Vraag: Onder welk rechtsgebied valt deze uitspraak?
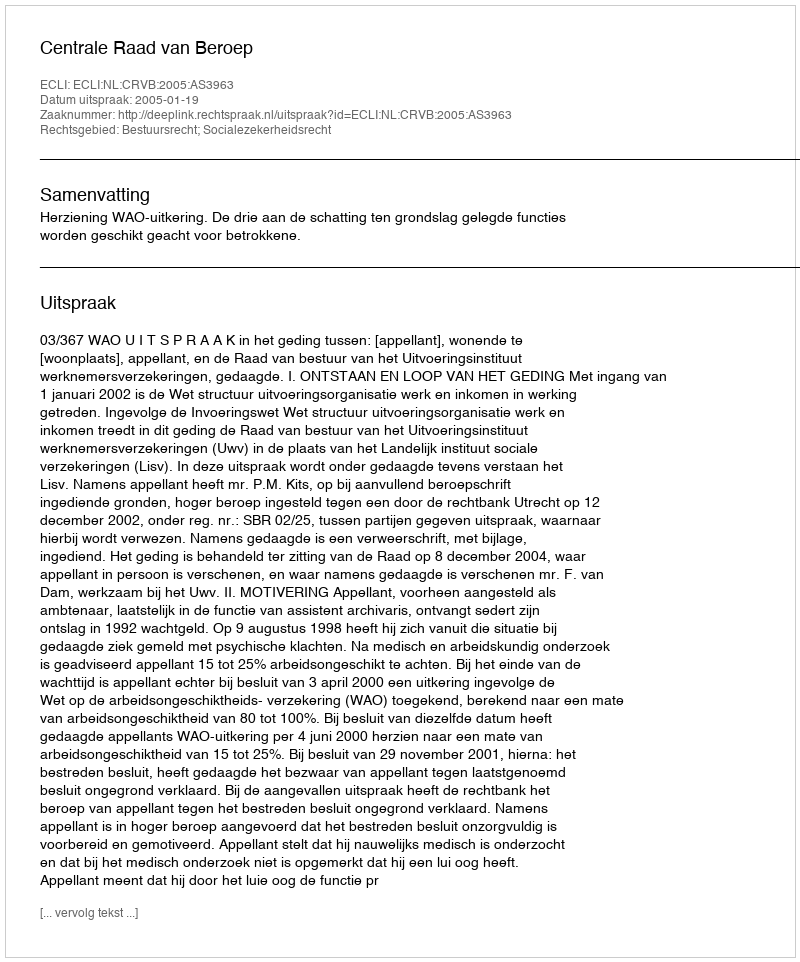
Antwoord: Bestuursrecht; Socialezekerheidsrecht